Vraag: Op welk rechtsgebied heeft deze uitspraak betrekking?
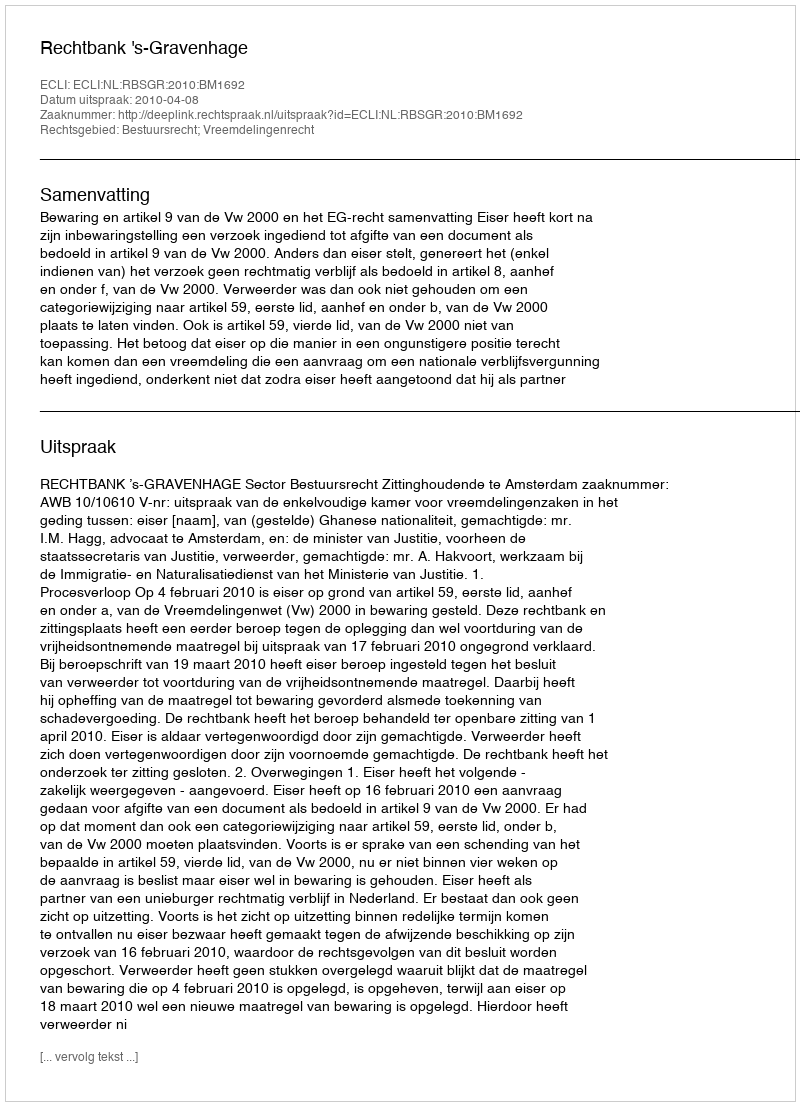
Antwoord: Bestuursrecht; Vreemdelingenrecht